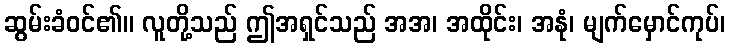
ဆွမ်းခံဝင်၏။ လူတို့သည် ဤအရှင်သည် အအ၊ အထိုင်း၊ အနုံ၊ မျက်မှောင်ကုပ်၊